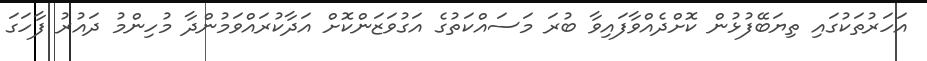
އަހަރުތަކުގައި ތިޔަބޭފުޅުން ކޮށްދެއްވާފައިވާ ބުރަ މަސައްކަތުގެ އަގުވަޒަންކޮށް އަދާކުރައްވަމުންދާ މުހިންމު ދައުރު ފާހަގަ